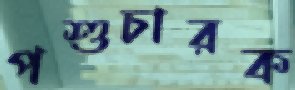
পশুচারক